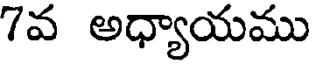
7వ అధ్యాయము